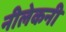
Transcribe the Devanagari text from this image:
नीलेकनी